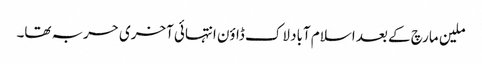
ملین مارچ کے بعد اسلام آباد لاک ڈاؤن انتہائی آخری حربہ تھا۔